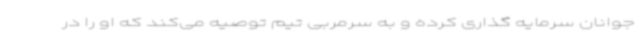
جوانان سرمایه گذاری کرده و به سرمربی تیم توصیه می‌کند که او را در